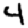
Digit: 4